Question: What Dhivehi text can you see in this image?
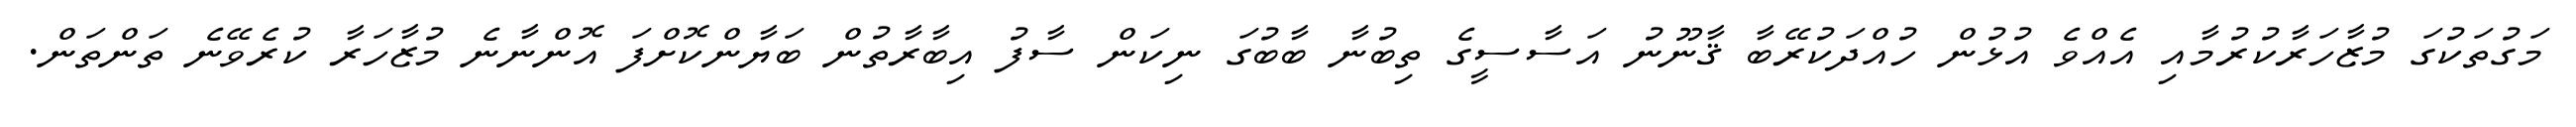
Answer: މަގުތަކުގަ މުޒާހަރާކުރުމާއި އެއްވެ އުޅުން ހުއްދަކުރޭބާ ޤާނޫނު އަސާސީގެ ތިބުނާ ބާބުގަ ނިކަން ސާފު އިބާރާތުން ބަޔާންކޮށްފަ އޮންނާނެ މުޒާހަރާ ކުރެވޭނެ ތަންތަން.